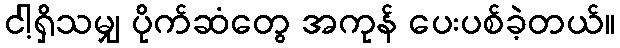
ငါ့ရှိသမျှ ပိုက်ဆံတွေ အကုန် ပေးပစ်ခဲ့တယ်။